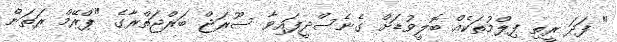
" ފަދަ ރީތި ފިލްމުތަކެއް ބޮލީވުޑަށް ގެނެސްދީފައިވާ ސޫރަޖް ބަރްޖަތްރާގެ "ޕްރޭމް ރަތަން